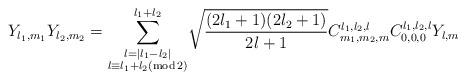
LaTeX: \begin{align*}Y_{l_{1},m_{1}}Y_{l_{2},m_{2}}={\displaystyle\sum\limits_{\substack{l=|l_{1}-l_{2}|\\l\equiv l_{1}+l_{2}(\operatorname{mod}2)}}^{l_{1}+l_{2}}}\sqrt{\frac{(2l_{1}+1)(2l_{2}+1)}{2l+1}}C_{m_{1},m_{2},m}^{l_{1},l_{2},l}C_{0,0,0}^{l_{1},l_{2},l}Y_{l,m} \end{align*}